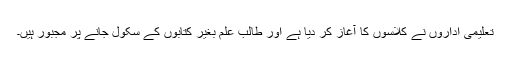
تعلیمی اداروں نے کلاسوں کا آغاز کر دیا ہے اور طالب علم بغیر کتابوں کے سکول جانے پر مجبور ہیں۔